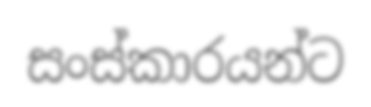
සංස්කාරයන්ට